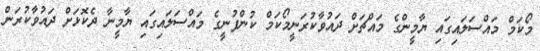
މޯކަމް މައްސަލައިގައި ޔާމީންގެ މައްޗަށް ދައުވާކުރަނީމޯކަމް ކުންފުނީގެ މައްސަލައިގައި ޔާމީނާ ދެކޮޅަށް ދައުވާކުރަން